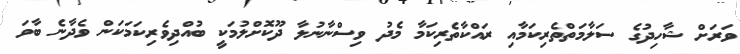
ވަރަށް ޝާހިދުގެ ސަލާމަތްތެރިކަމާއި ރައްކާތެރިކަމާ މެދު ވިސްނާނުލާ ދޫކޮށްލުމަކީ ބުއްދިވެރިކަމަކަން ވެދާނެ ބާވަ